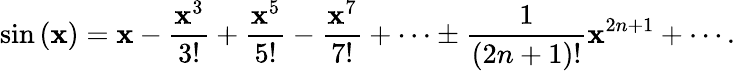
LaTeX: \sin\left(\mathbf{x}\right)=\mathbf{x}-{\frac{{\mathbf{x}^{3}}}{{3!}}}+{\frac{{\mathbf{x}^{5}}}{{5!}}}-{\frac{{\mathbf{x}^{7}}}{{7!}}}+\cdots\pm{\frac{{1}}{{(2n+1)!}}}\mathbf{x}^{2n+1}+\cdots.